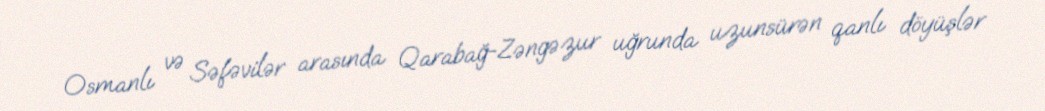
Osmanlı və Səfəvilər arasında Qarabağ-Zəngəzur uğrunda uzunsürən qanlı döyüşlər